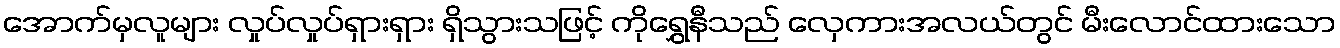
အောက်မှလူများ လှုပ်လှုပ်ရှားရှား ရှိသွားသဖြင့် ကိုရွှေနီသည် လှေကားအလယ်တွင် မီးလောင်ထားသော